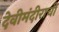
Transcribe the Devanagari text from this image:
देवीमंदीराची